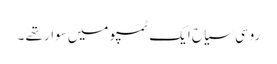
روسی سیاح ایک ٹمپو میں سوار تھے ۔